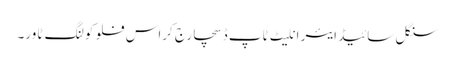
سنگل سائیڈ ایئر انلیٹ ٹاپ ڈسچارج کراس فلو کولنگ ٹاور۔